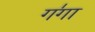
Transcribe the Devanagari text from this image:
ग॑गा